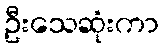
ဦးသေဆုံးကာ